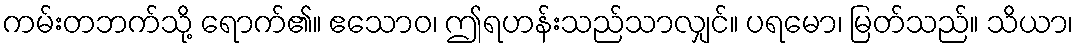
ကမ်းတဘက်သို့ ရောက်၏။ ဧသောဝ၊ ဤရဟန်းသည်သာလျှင်။ ပရမော၊ မြတ်သည်။ သိယာ၊